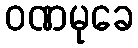
ဝဏမုခေ